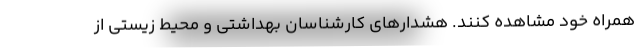
همراه خود مشاهده کنند. هشدارهای کارشناسان بهداشتی و محیط زیستی از